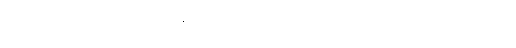
ထို့ကြောင့် ချက်ချင်း မသွားသေးဘဲ ခဏတော့ နေလိုက်ဦးမည်ဟု တွေးလိုက်၏။